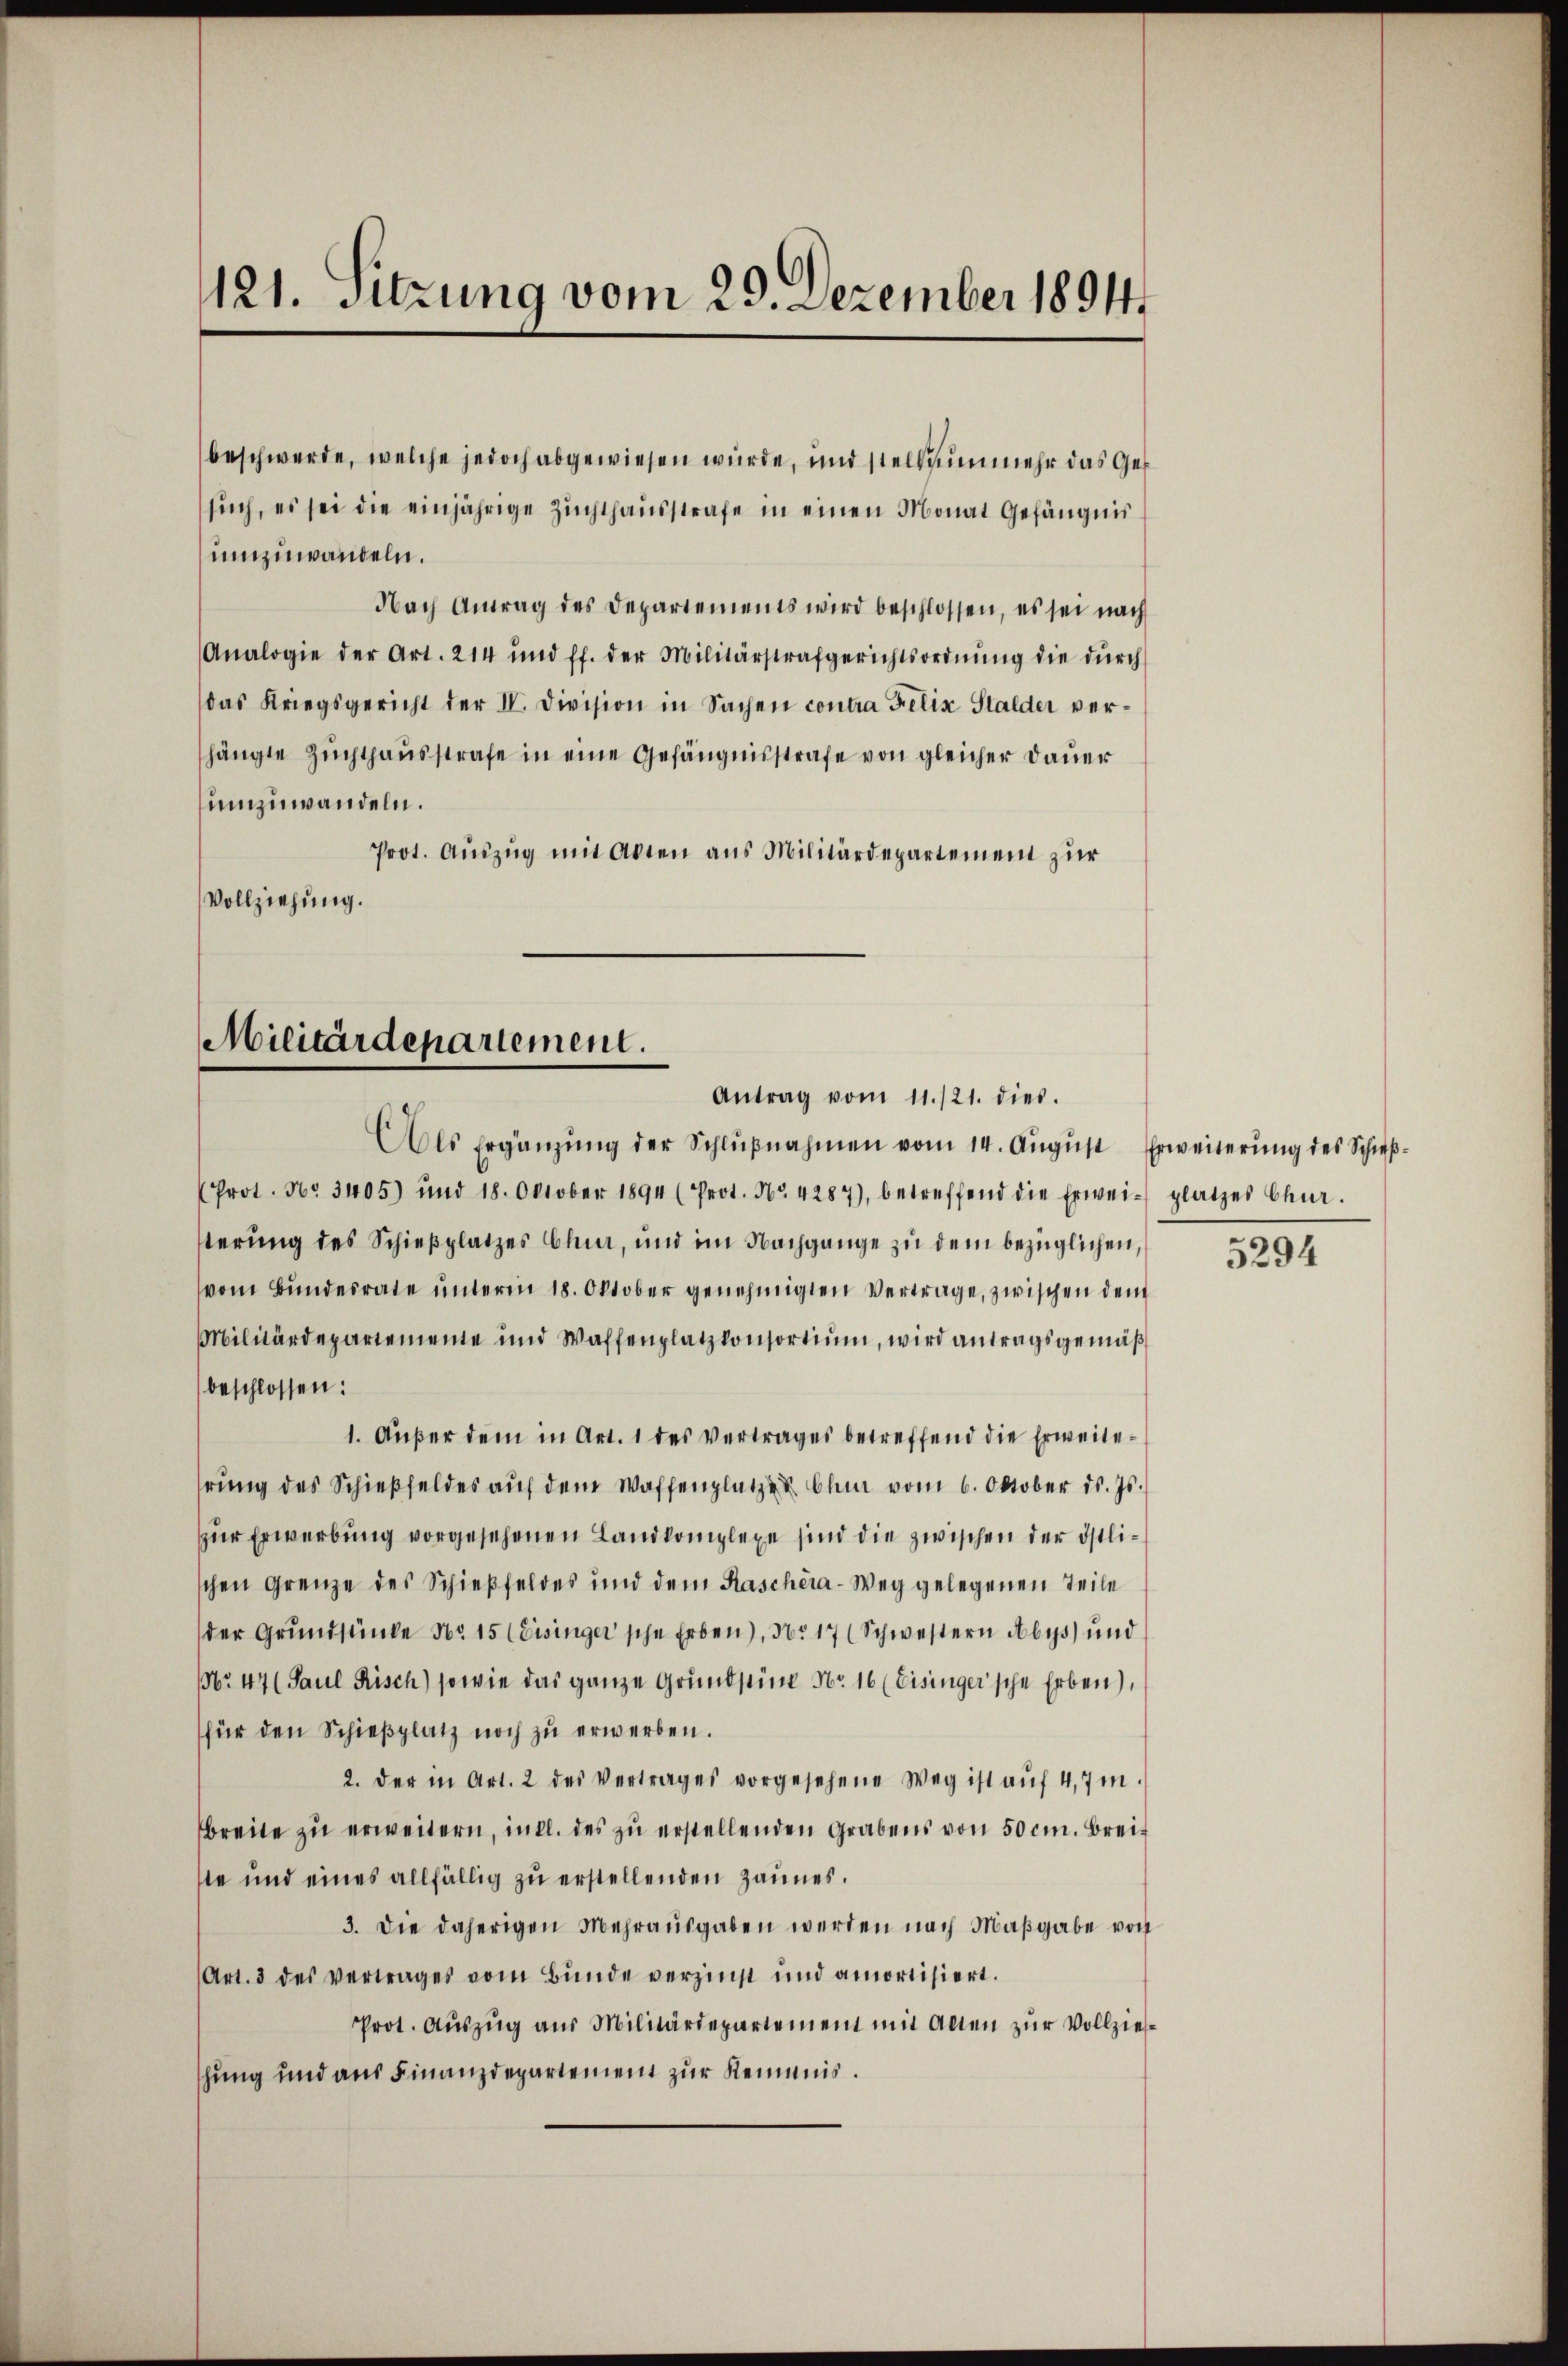
121. Sitzung vom 29. Dezember 1891

beschwerde, welche jedoch abgewiesen wurde, und stellunmehr das Ges
such, es sei die einjährige Zuchthausstrafe in einen Monat Gefängnis
umzuwandeln.
Nach Antrag des Departements wird beschlossen, es sei nach
Analogie der Art. 214 und ff. der Militärstrafgerichtsordnŭng die dŭrch
das Kriegsgericht der IV. Division in Sachen contra Felix Stalder verhängte Zuchthausstrafe in eine Gefängnisstrafe von gleicher Dauer
umzuwandeln.
Prot. Auszug mit Akten aus Militärdepartement zur
Vollziehung.

Militärdepariement.
Antrag vom 11./21. dies.

Als Ergänzŭng der Schlŭβnahmen vom 14. Aŭgŭst Erweiterŭng des Schieβ-
(Prot. No 3405) und 18. Oktober 1894 (Prot. Nr. 4287), betreffend die Erwei- platzes Chur.
sterŭng des Schieβplatzes Chur, und im Nachgange zu dem bezüglichen,
vom Bŭndesrate ŭnterm 18. Oktober genehmigten Vertrage, zwischen dem
Militärdepartemente und Waffenplatzkonsortium, wird antragsgemäß
beschlossen:
1. Außer dem in Art. 1 des Vertrages betreffend die Erweiterung des Schieβfeldes auf dem Waffenplatzen Chur vom 6. Oktober d. Js.
zur Erwerbung vorgesehenen Landkomplexe sind die zwischen der östlischen Grenze des Schießfeldes und dem Kaschéra-Weg gelegenen Teile
der Grundsänke Nr. 15 (Eisinger'sche Erben), No 17 (Schwestern Abys) und
No 44 (Paul Risch) sowie das ganze Grund seine No. 16 (Eisinger'sche Erben),
für den Schieβplatz noch zŭ erwerben.
2. der in Art. 2 des Vertrages vorgesehene Weg ist aŭf 4,7 m
breite zu erweitern, incl. des zu erstellenden Grabens von 50 cm. Breit
te und eines allfällig zŭ erstellenden Zaunes.
3. Die daherigen Mehrausgaben werden nach Maßgabe von
Art. 3 des vertrages vom Bunde verzinst und amortisiert.
Prot. Aŭszŭg aŭs Militärdepartement mit allen zŭr Vollzieh-
hung und aus Finanzdepartement zur Keimnis.

5294